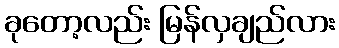
ခုတော့လည်း မြန်လှချည်လား